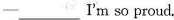
—___ I'm so proud.